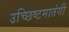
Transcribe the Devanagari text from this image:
उच्छिष्टमातंगी